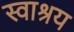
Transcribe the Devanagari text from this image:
स्वाश्रय